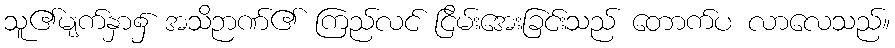
သူ၏မျက်နှာ၌ အသိဉာဏ်၏ ကြည်လင် ငြိမ်းအေးခြင်းသည် တောက်ပ လာလေသည်။